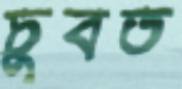
চুবত